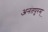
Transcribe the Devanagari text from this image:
अनंतपुरम्